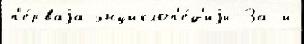
п'е́рваjа энциклоп'е́д'иjи За и